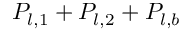
P _ { l , 1 } + P _ { l , 2 } + P _ { l , b }